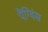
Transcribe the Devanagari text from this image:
पैंग्विंस